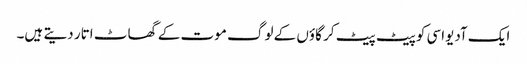
ایک آدیواسی کو پیٹ پیٹ کر گاؤں کے لوگ موت کے گھاٹ اتار دیتے ہیں۔